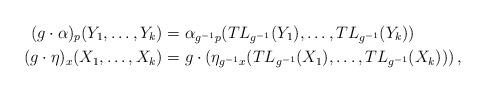
LaTeX: \begin{align*} (g\cdot\alpha)_p(Y_1,\dots,Y_k) &= \alpha_{g^{-1}p}(TL_{g^{-1}}(Y_1),\dots,TL_{g^{-1}}(Y_k)) \\ (g\cdot\eta)_x(X_1,\dots,X_k) &= g\cdot\left(\eta_{g^{-1}x}(TL_{g^{-1}}(X_1),\dots,TL_{g^{-1}}(X_k))\right) , \end{align*}